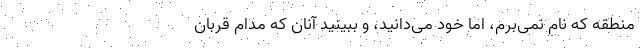
منطقه که نام نمی‌برم، اما خود می‌دانید، و ببینید آنان که مدام قربان